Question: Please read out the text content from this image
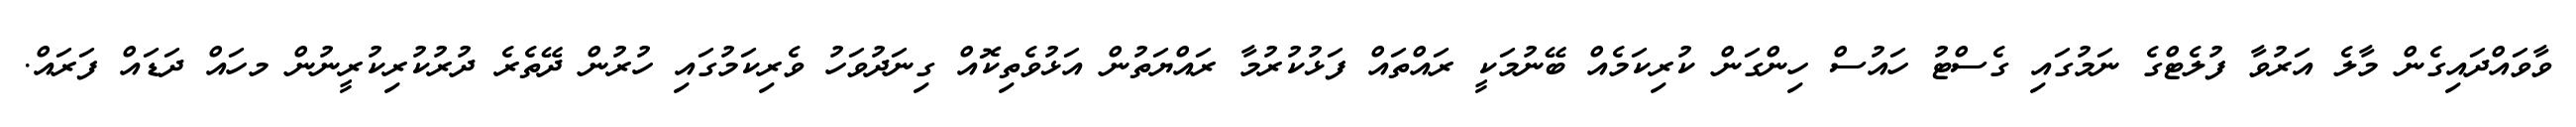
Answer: ވާވައްދައިގެން މާލެ އަރުވާ ފުލެޓްގެ ނަމުގައި ގެސްޓު ހައުސް ހިންގަން ކުރިކަމެއް ބޭނުމަކީ ރައްތައް ފަޅުކުރުމާ ރައްޔަތުން އަޅުވެތިކޮއް ގިނަދުވަހު ވެރިކަމުގައި ހުރުން ދޭތެރެ ދުރުކުރިކުރީނުން މހައް ދަޑައް ފަރައް.